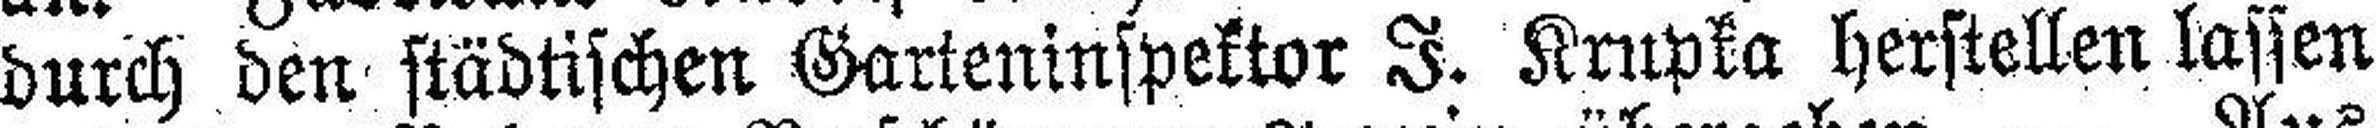
durch den städtischen Garteninspektor J. Krupka herstellen lassen